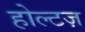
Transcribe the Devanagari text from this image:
होल्टज़